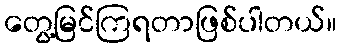
တွေ့မြင်ကြရတာဖြစ်ပါတယ်။